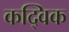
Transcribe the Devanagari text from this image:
कद्विक